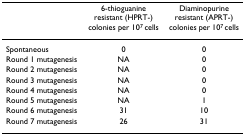
<table><thead><tr><td></td><td><b>6-thioguanine resistant (HPRT-) colonies per 10<sup>7 </sup>cells</b></td><td><b>Diaminopurine resistant (APRT-) colonies per 10<sup>7 </sup>cells</b></td></tr></thead><tbody><tr><td>Spontaneous</td><td>0</td><td>0</td></tr><tr><td>Round 1 mutagenesis</td><td>NA</td><td>0</td></tr><tr><td>Round 2 mutagenesis</td><td>NA</td><td>0</td></tr><tr><td>Round 3 mutagenesis</td><td>NA</td><td>0</td></tr><tr><td>Round 4 mutagenesis</td><td>NA</td><td>0</td></tr><tr><td>Round 5 mutagenesis</td><td>NA</td><td>1</td></tr><tr><td>Round 6 mutagenesis</td><td>31</td><td>10</td></tr><tr><td>Round 7 mutagenesis</td><td>26</td><td>31</td></tr></tbody></table>